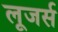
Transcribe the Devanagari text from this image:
लूजर्स